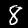
Label: 8